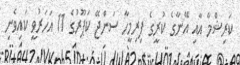
ކަރިޝްމާ އާއި އޭނާގެ ކުރީގެ ފިރިމީހާ ސަންޖޭ ކަޕޫރުގެ 11 އަހަރުވީ ކައިވެނި